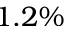
1 . 2 \%